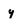
Character: y